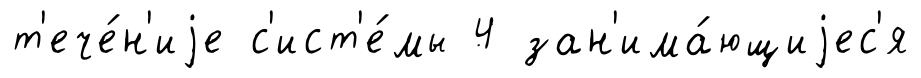
т'ече́н'иjе с'ист'е́мы 4 зан'има́ющиjес'я